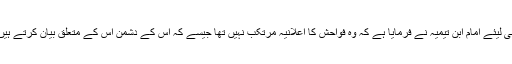
اسی لیئے امام ابن تیمیہ نے فرمایا ہے کہ وہ فواحش کا اعلانیہ مرتکب نہیں تھا جیسے کہ اس کے دشمن اس کے متعلق بیان کرتے ہیں ۔